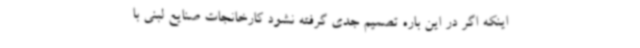
اینکه اگر در این باره تصمیم جدی گرفته نشود کارخانجات صنایع لبنی با